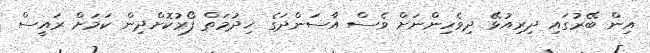
އިން ބޭރުގައި ދިރިއުޅޭ ދިވެހިންނަށް ވެސް އާސަންދަގެ ޚިދުމަތް ފޯރުކޮށްދިން ކަމަށް ރައީސް